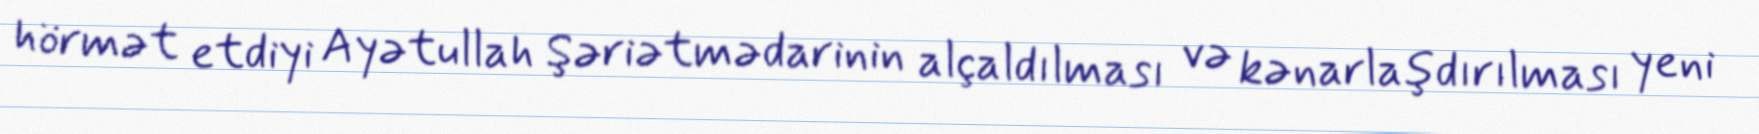
hörmət etdiyi Ayətullah Şəriətmədarinin alçaldılması və kənarlaşdırılması yeni